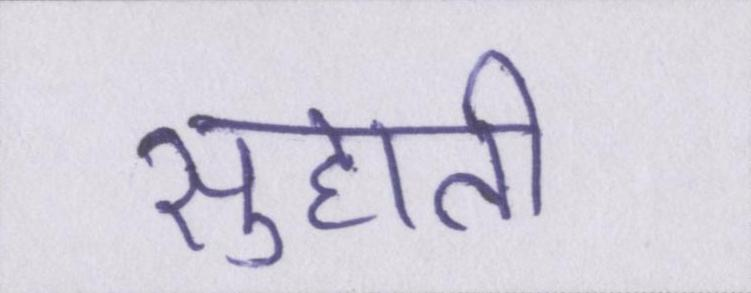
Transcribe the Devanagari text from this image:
सुहाती